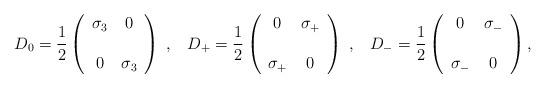
LaTeX: \begin{align*}D_0=\frac{1}{2}\left(\begin{array}{cc}\sigma_3&0 \\ \\ 0&\sigma_3\end{array}\right) \; ,\;\;\;D_+=\frac{1}{2}\left(\begin{array}{cc}0&\sigma_+ \\ \\ \sigma_+&0\end{array}\right) \; ,\;\;\;D_-=\frac{1}{2}\left(\begin{array}{cc}0&\sigma_- \\ \\ \sigma_-&0\end{array}\right),\end{align*}